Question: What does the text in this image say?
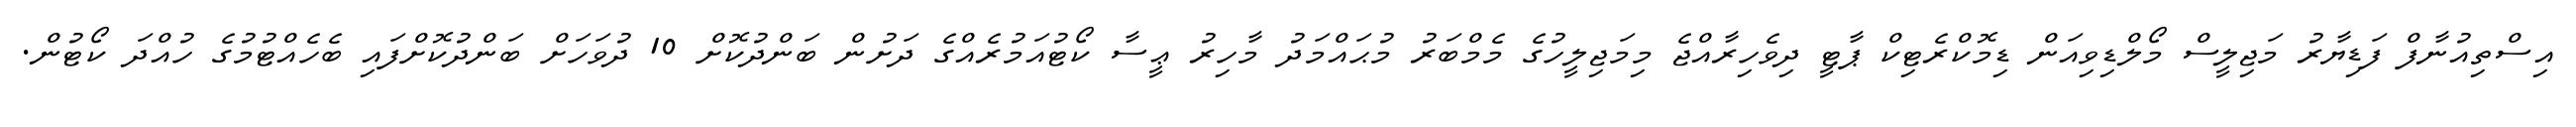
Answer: އިސްތިއުނާފް ފަޑިޔާރު މަޖިލީސް މޯލްޑިވިއަން ޑިމޮކްރެޓިކް ޕާޓީ ދިވެހިރާއްޖެ މިމަޖިލީހުގެ މެމްބަރު މުޙައްމަދު މާހިރު ޢީސާ ކޯޓުއަމުރެއްގެ ދަށުން ބަންދުކޮށް 10 ދުވަހަށް ބަންދުކޮށްފައި ބެހެއްޓުމުގެ ހުއްދަ ކޯޓުން.